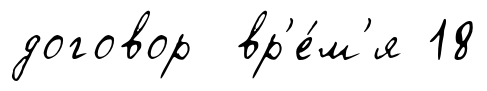
договор вр'е́м'я 18